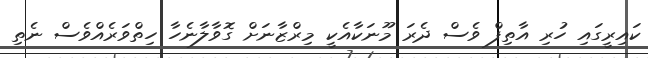
ކައިރީގައި ހުރި އާތިފް ވެސް ދެރަ މޫނަކާއެކީ މިރްޒާނަށް ގޮވާލާނެހާ ހިތްވަރެއްވެސް ނެތި